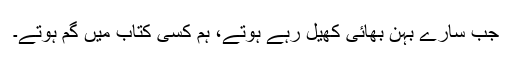
جب سارے بہن بھائی کھیل رہے ہوتے، ہم کسی کتاب میں گم ہوتے۔